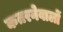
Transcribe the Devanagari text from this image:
कतरनेवालों